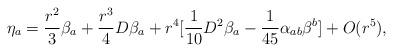
LaTeX: \begin{align*} \eta_a = \frac{r^2}{3} \beta_a +\frac{r^3}{4} D\beta_a +r^4 [\frac{1}{10} D^2 \beta_a -\frac{1}{45} \alpha_{ab} \beta^b ] +O(r^5), \end{align*}